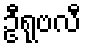
ဦရုဗလီ